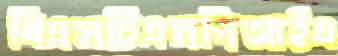
বিএসটিএমপিআইএ